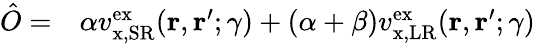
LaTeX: \begin{array}{rl}{\hat{O}=}&{{}\alpha v_{\mathrm{x,SR}}^{\mathrm{ex}}(\mathbf{r},\mathbf{r}^{\prime};\gamma)+(\alpha+\beta)v_{\mathrm{x,LR}}^{\mathrm{ex}}(\mathbf{r},\mathbf{r}^{\prime};\gamma)}\end{array}